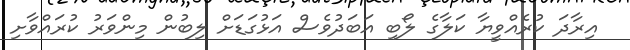
އިރާދަ ކުރެއްވީޔާ ކަލާގެ ލޯބި އަބަދުވެސް އަޅުގަޑަށް ލިބުން މިންވަރު ކުރައްވާށި